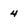
Character: 4